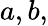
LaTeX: a,b,